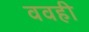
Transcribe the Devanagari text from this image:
ववही